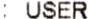
: USER